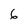
Character: 6